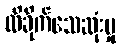
ထိခိုက်သေဆုံးမှု